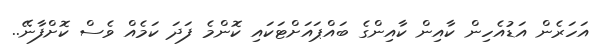
އަހަރެން އަޑުއެހިން ކާއިން ކާއިންގެ ބައްޕައަށްޓަކައި ކޮންމެ ފަދަ ކަމެއް ވެސް ކޮށްފާނޭ..